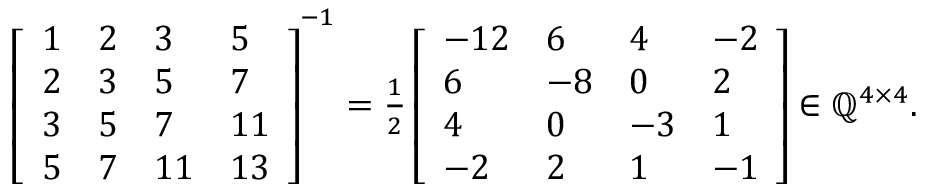
\begin{array} { r } { \left[ \begin{array} { l l l l } { 1 } & { 2 } & { 3 } & { 5 } \\ { 2 } & { 3 } & { 5 } & { 7 } \\ { 3 } & { 5 } & { 7 } & { 1 1 } \\ { 5 } & { 7 } & { 1 1 } & { 1 3 } \end{array} \right] ^ { - 1 } = \frac { 1 } { 2 } \left[ \begin{array} { l l l l } { - 1 2 } & { 6 } & { 4 } & { - 2 } \\ { 6 } & { - 8 } & { 0 } & { 2 } \\ { 4 } & { 0 } & { - 3 } & { 1 } \\ { - 2 } & { 2 } & { 1 } & { - 1 } \end{array} \right] \in \mathbb { Q } ^ { 4 \times 4 } . } \end{array}